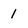
Character: 1